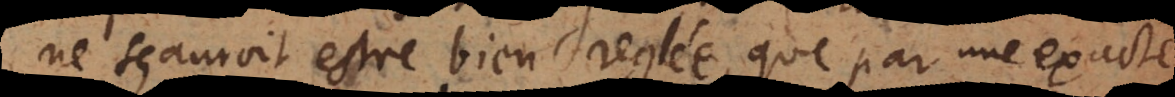
ne sçauroit estre bien reglée, que par une exacte